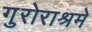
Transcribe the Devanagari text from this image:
गुरोराश्रमे